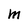
Character: M